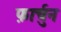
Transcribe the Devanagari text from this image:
फ़ार्चुन